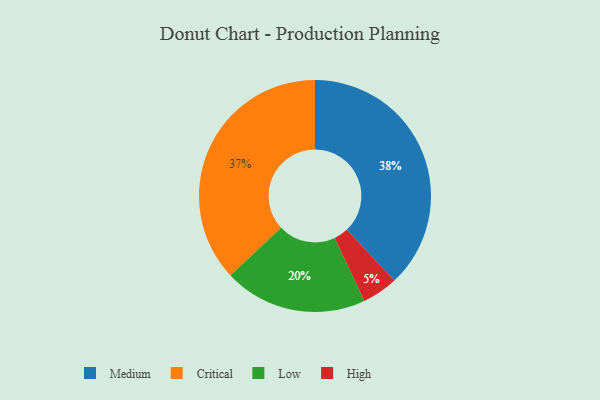
{"axis": {"x": "Category", "y": "Percentage"}, "legend": ["Critical", "High", "Low", "Medium"], "data": [{"x": "High", "y": 5, "type": "High"}, {"x": "Critical", "y": 37, "type": "Critical"}, {"x": "Low", "y": 20, "type": "Low"}, {"x": "Medium", "y": 38, "type": "Medium"}]}